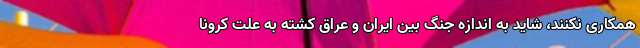
همکاری نکنند، شاید به اندازه جنگ بین ایران و عراق کشته به علت کرونا